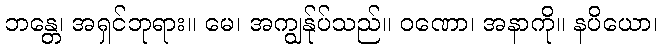
ဘန္တေ၊ အရှင်ဘုရား။ မေ၊ အကျွန်ုပ်သည်။ ဝဏော၊ အနာကို။ နပိယော၊